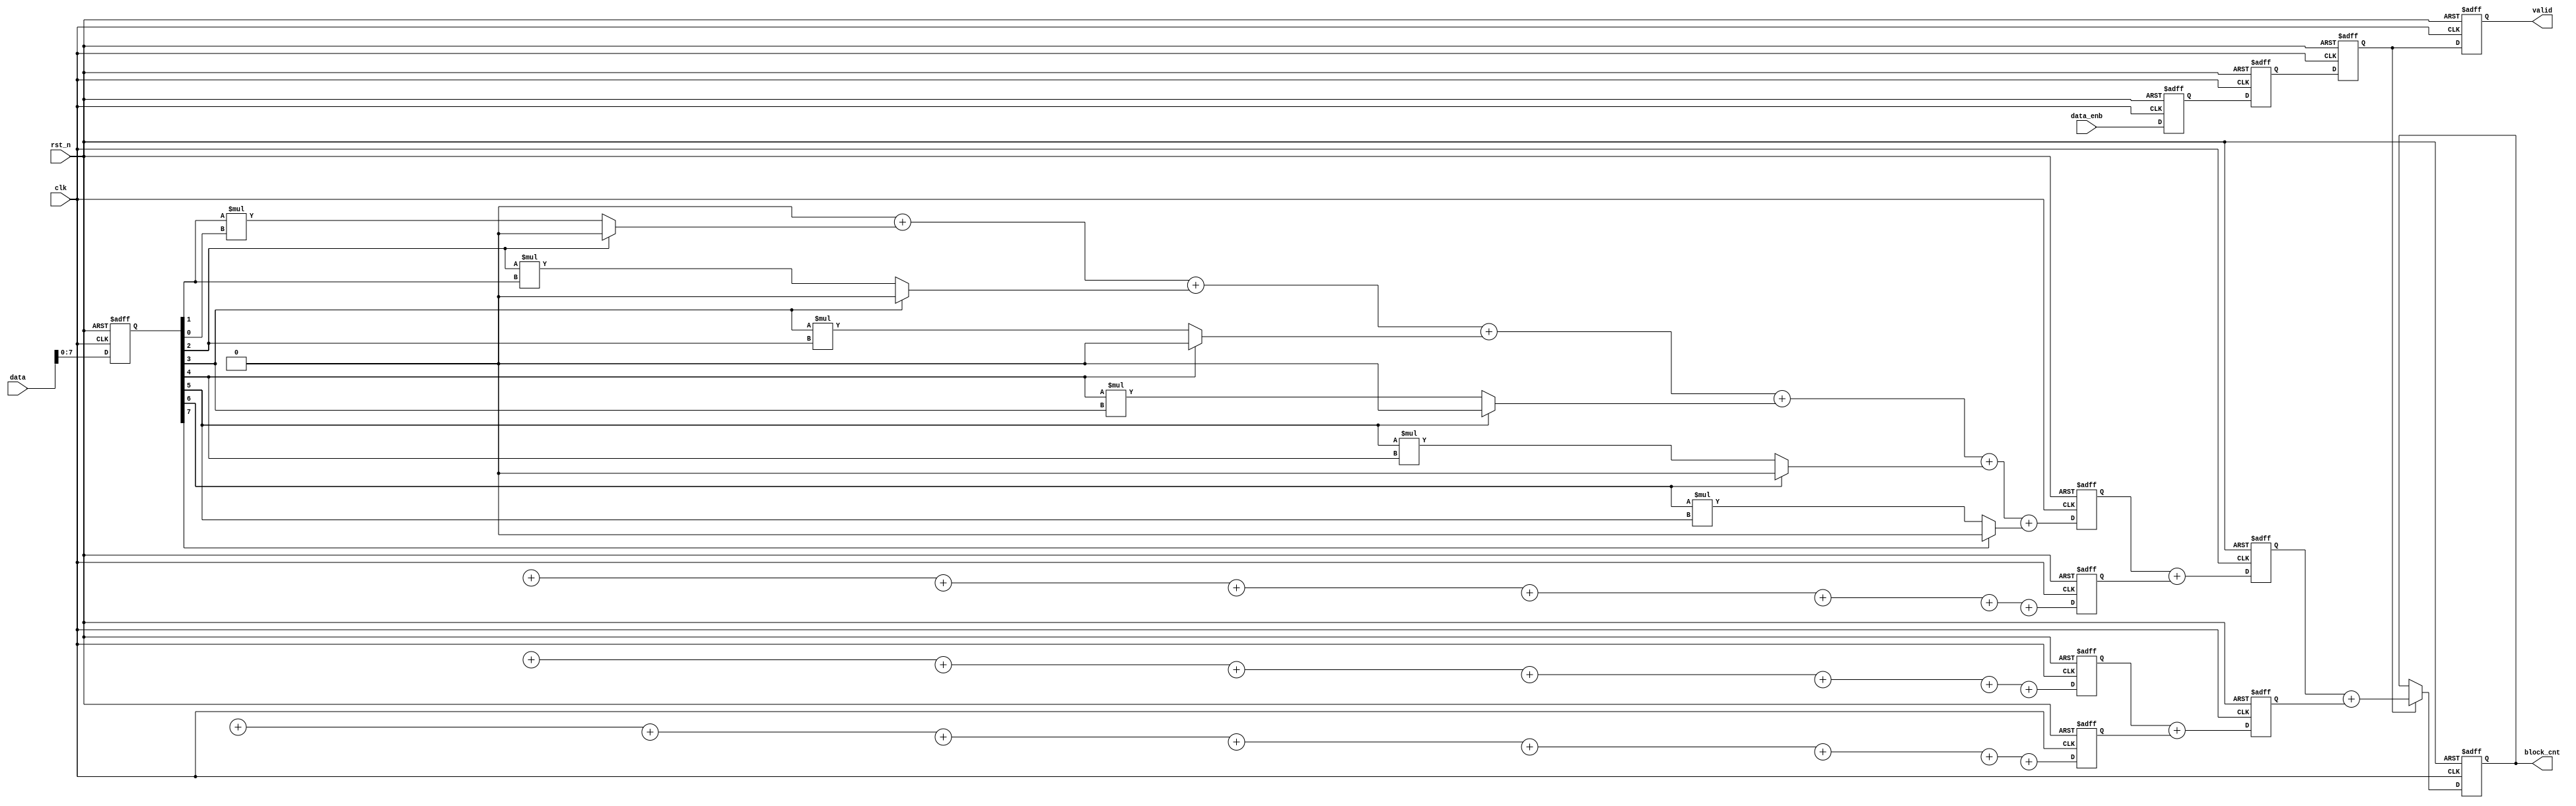
module bit_block_counter (data, data_enb, clk, rst_n, block_cnt, valid);
  //parameter
  parameter FF_DLY = 1;
  parameter LEN_DATA = 32;
  parameter LEN_CNT = 4;
  parameter INTL = 0;
    //port
  input [LEN_DATA-1:0] data;
  input data_enb;
  input clk;
  input rst_n;
  output [LEN_CNT-1:0] block_cnt;
  output valid;
    //port data type
  wire [LEN_DATA-1:0] data;
  wire data_enb;
  wire clk;
  wire rst_n;
  reg [LEN_CNT-1:0] block_cnt;
  reg valid;
    //internal variable
  reg [LEN_DATA:0] data_in;
  
  wire [LEN_CNT-1:0] cnt0;
  wire [LEN_CNT-1:0] cnt1;
  wire [LEN_CNT-1:0] cnt2;
  wire [LEN_CNT-1:0] cnt3;
  
  reg [LEN_DATA:0] cnt_0;

  reg [LEN_CNT-1:0] block_cnt0;
  reg [LEN_CNT-1:0] block_cnt1;
  reg [LEN_CNT-1:0] block_cnt2;
  reg [LEN_CNT-1:0] block_cnt3;
  
  wire [LEN_CNT-1:0] block_cnt01;
  wire [LEN_CNT-1:0] block_cnt23;
  reg [LEN_CNT-1:0] block_cnt_01;
  reg [LEN_CNT-1:0] block_cnt_23;
  wire [LEN_CNT-1:0] block_cnt_0;
  
  reg valid_0;
  reg valid_1;
  reg valid_2;
  
    //data in flipflop
  always @ (posedge clk or negedge rst_n) begin 
    if (rst_n == 0) begin 
      data_in <= #FF_DLY INTL;
    end 
    else begin 
      data_in <= #FF_DLY data;
    end
  end
  //enable in flipflop
  always @ (posedge clk or negedge rst_n) begin 
    if (rst_n == 0) begin
      valid_0 <= #FF_DLY INTL;
    end
    else begin 
      valid_0 <= #FF_DLY data_enb;
    end
  end

  genvar i;
  generate
    for (i=0;i<8;i=i+1) begin : counter0
      always @ (data_in or i) begin
        cnt_0[i] = ((data_in[i] == 0) && (i > 1)) ? (data_in[i-1]*data_in[i-2]) : INTL;
      end
    end
  endgenerate
  assign cnt0 = cnt_0[0] + cnt_0[1] + cnt_0[2] + cnt_0[3] + cnt_0[4] + cnt_0[5] + cnt_0[6] + cnt_0[7];
  assign cnt1 = cnt_0[8] + cnt_0[9] + cnt_0[10] + cnt_0[11] + cnt_0[12] + cnt_0[13] + cnt_0[14] + cnt_0[15];
  assign cnt2 = cnt_0[16] + cnt_0[17] + cnt_0[18] + cnt_0[19] + cnt_0[20] + cnt_0[21] + cnt_0[22] + cnt_0[23];
  assign cnt3 = cnt_0[24] + cnt_0[25] + cnt_0[26] + cnt_0[27] + cnt_0[28] + cnt_0[29] + cnt_0[30] + cnt_0[31] + cnt_0[32];
  // Latency 2
  always @ (posedge clk or negedge rst_n) begin 
    if (rst_n == 0) begin 
	  block_cnt0 <= #FF_DLY INTL;
	end
	else begin
	  block_cnt0 <= #FF_DLY cnt0;
	end
  end
  always @ (posedge clk or negedge rst_n) begin 
    if (rst_n == 0) begin 
	  block_cnt1 <= #FF_DLY INTL;
	end
	else begin
	  block_cnt1 <= #FF_DLY cnt1;
	end
  end
  always @ (posedge clk or negedge rst_n) begin 
    if (rst_n == 0) begin 
	  block_cnt2 <= #FF_DLY INTL;
	end
	else begin
	  block_cnt2 <= #FF_DLY cnt2;
	end
  end
  always @ (posedge clk or negedge rst_n) begin 
    if (rst_n == 0) begin 
	  block_cnt3 <= #FF_DLY INTL;
	end
	else begin
	  block_cnt3 <= #FF_DLY cnt3;
	end
  end
  always @ (posedge clk or negedge rst_n) begin 
    if (rst_n == 0) begin
      valid_1 <= #FF_DLY INTL;
    end
    else begin 
      valid_1 <= #FF_DLY valid_0;
    end
  end
  assign block_cnt01 = block_cnt0 + block_cnt1;
  assign block_cnt23 = block_cnt2 + block_cnt3;
  //Latency 3
  always @ (posedge clk or negedge rst_n) begin 
    if (rst_n == 0) begin
      valid_2 <= #FF_DLY INTL;
    end
    else begin 
      valid_2 <= #FF_DLY valid_1;
    end
  end
  always @ (posedge clk or negedge rst_n) begin 
    if (rst_n == 0) begin 
	  block_cnt_01 <= #FF_DLY INTL;
	end
	else begin
	  block_cnt_01 <= #FF_DLY block_cnt01;
	end
  end
  always @ (posedge clk or negedge rst_n) begin 
    if (rst_n == 0) begin 
	  block_cnt_23 <= #FF_DLY INTL;
	end
	else begin
	  block_cnt_23 <= #FF_DLY block_cnt23;
	end
  end
  assign block_cnt_0 = block_cnt_01 + block_cnt_23;
   //Latency 4
  always @ (posedge clk or negedge rst_n) begin 
    if (rst_n == 0) begin
      valid <= #FF_DLY INTL;
    end
    else begin 
      valid <= #FF_DLY valid_2;
    end
  end
  always @ (posedge clk or negedge rst_n) begin 
    if (rst_n == 0) begin 
	  block_cnt <= #FF_DLY INTL;
	end
	else begin
      if (valid_2 == 1) begin 
	    block_cnt <= #FF_DLY block_cnt_0;
      end
	end
  end
endmodule